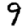
Digit: 9